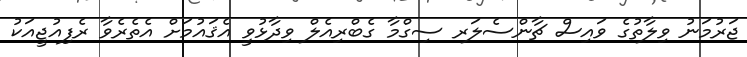
ޖަރުމަނު ވިލާތުގެ ވައިސް ޗާންސެލަރ ސިގްމާ ގެބްރިއެލް ވިދާޅުވީ އެޤައުމަށް އެތެރެވާ ރެފިއުޖީއަކު